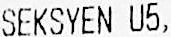
SEKSYEN U5,